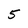
Character: 5